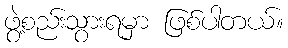
ဖွဲ့စည်းသွားရမှာ ဖြစ်ပါတယ်။